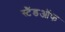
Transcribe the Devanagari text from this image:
स्टैंडऑफ